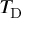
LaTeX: T _ { \mathrm { { D } } }